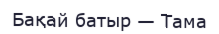
Бақай батыр — Тама